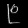
Digit: ၉